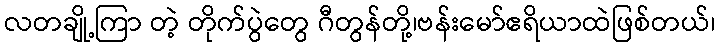
လတချို့ကြာ တဲ့ တိုက်ပွဲတွေ ဂီတွန်တို့၊ဗန်းမော်ဧရိယာထဲဖြစ်တယ်၊